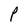
Character: P